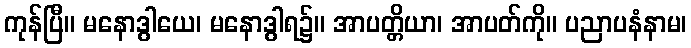
ကုန်ပြီ။ မနောဒွါယေ၊ မနောဒွါရ၌။ အာပတ္တိယာ၊ အာပတ်ကို။ ပညာပနံနာမ၊